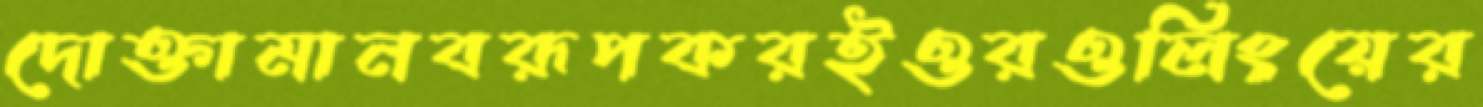
দোক্তামানবরূপকরইওরওলিংয়ের